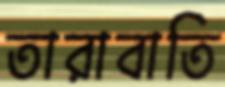
তারাবাতি